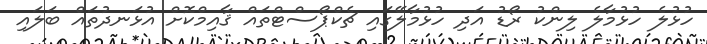
ހުޅުލެ ހުޅުމާލެ ލިންކު ރޯޑު އަދި ހުޅުމާލޭގައި ޗެކްޕޯސްޓްތައް ޤާއިމްކޮށް އުޅަނދުތައް ބަލައި